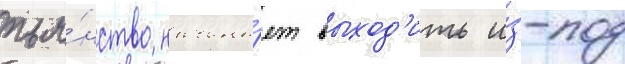
пья́нство начина́ет выход'ить и́з-под